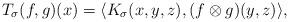
LaTeX: \begin{align*}T_\sigma (f, g)(x)=\langle K_\sigma(x, y, z), (f\otimes g)(y, z)\rangle,\end{align*}